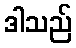
ဒါသည်